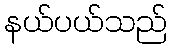
နယ်ပယ်သည်